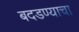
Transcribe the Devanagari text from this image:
बदडण्याचा